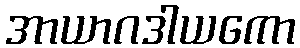
အာယာဂဒါယကော